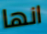
انها